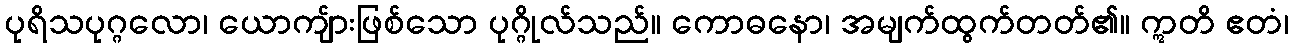
ပုရိသပုဂ္ဂလော၊ ယောကျ်ားဖြစ်သော ပုဂ္ဂိုလ်သည်။ ကောဓနော၊ အမျက်ထွက်တတ်၏။ ဣတိ ဧတံ၊